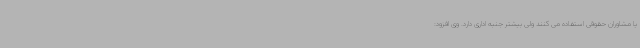
یا مشاوران حقوقی استفاده می کنند ولی بیشتر جنبه اداری دارد. وی افزود: